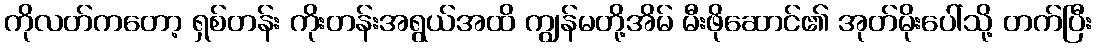
ကိုလတ်ကတော့ ရှစ်တန်း ကိုးတန်းအရွယ်အထိ ကျွန်မတို့အိမ် မီးဖိုဆောင်၏ အုတ်မိုးပေါ်သို့ တက်ပြီး